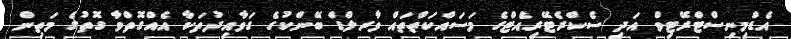
އެޑްމިނިސްޓްރޭޓިވް އަދި ސެކްރެޓޭރިއެޓްގެ މަސައްކަތްތައް ވާރލްޑް ބޭންކުގެ ގަވާއިދުތަކާ އެއްގޮތްވާ ގޮތުގެ މަތިން